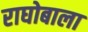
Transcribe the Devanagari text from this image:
राघोबाला